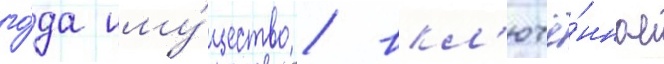
го́да иму́щество / вкл'ючё́нное